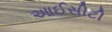
આઈસીટી